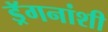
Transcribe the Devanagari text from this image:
ड्रॅगनांशी